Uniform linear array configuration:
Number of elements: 16
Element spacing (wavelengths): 0.5
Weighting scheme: exponential
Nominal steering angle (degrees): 15
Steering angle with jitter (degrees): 13.51
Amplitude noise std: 0.05
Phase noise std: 0.05

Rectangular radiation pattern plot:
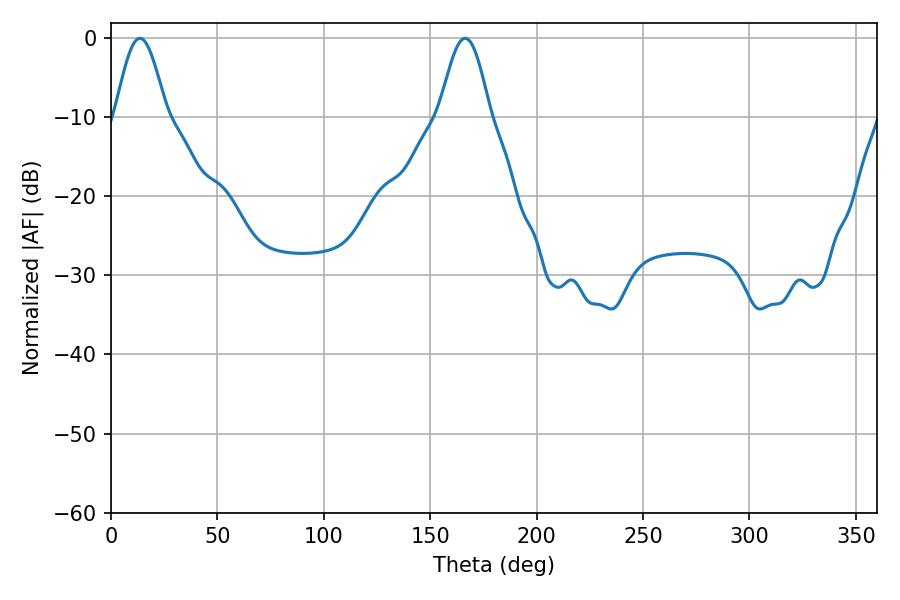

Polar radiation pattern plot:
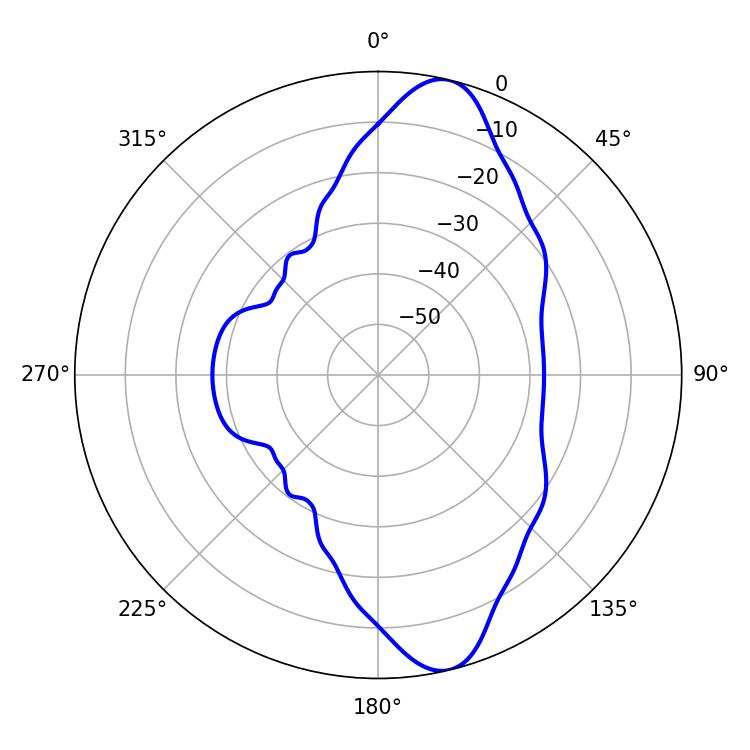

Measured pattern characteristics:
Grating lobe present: FALSE
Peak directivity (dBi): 11.616
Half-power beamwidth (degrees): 12.78
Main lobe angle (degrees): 13.5